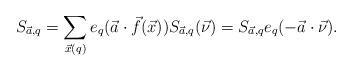
LaTeX: \begin{align*}S_{\vec{a},q}=\sum\limits_{\vec{x} (q)} e_q(\vec{a}\cdot \vec{f}(\vec{x})) S_{\vec{a},q}(\vec{\nu})=S_{\vec{a},q}e_q(-\vec{a}\cdot \vec{\nu}).\end{align*}